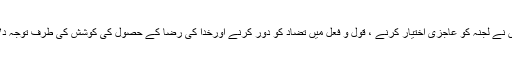
انہوں نے لجنہ کو عاجزی اختیار کرنے ، قول و فعل میں تضاد کو دور کرنے اورخدا کی رضا کے حصول کی کوشش کی طرف توجہ دلائی۔